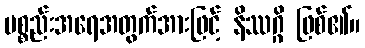
ပစ္စည်းအရေအတွက်အားဖြင့် နိဿဂ္ဂိ ဖြစ်၏။